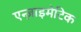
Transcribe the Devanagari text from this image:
एन्ज़ाइमेटिक